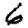
Digit: 6